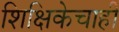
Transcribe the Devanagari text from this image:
शिक्षिकेचाही